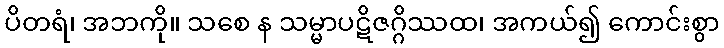
ပိတရံ၊ အဘကို။ သစေ န သမ္မာပဋိဇဂ္ဂိဿထ၊ အကယ်၍ ကောင်းစွာ